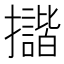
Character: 𢹆